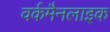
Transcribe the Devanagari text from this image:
वर्कमैनलाइक